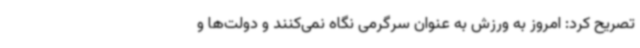
تصریح کرد: امروز به ورزش به عنوان سرگرمی نگاه نمی‌کنند و دولت‌ها و